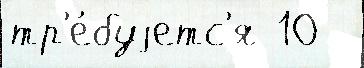
тр'е́буjетс'я 10